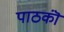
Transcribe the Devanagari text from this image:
पाठकॊं